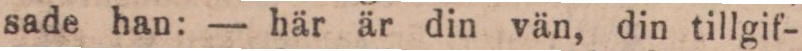
sade han: — här är din vän, din tillgif-